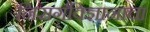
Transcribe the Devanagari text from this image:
निसर्गविज्ञानाचा